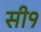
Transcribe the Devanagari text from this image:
सी१